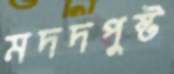
মদদপুষ্ট